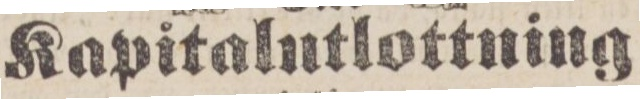
Kapitalutlottning